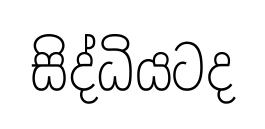
සිද්ධියටද